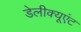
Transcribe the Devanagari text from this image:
डेलीक्यूएंट